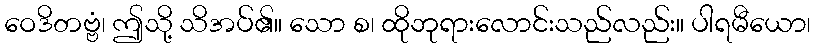
ဝေဒိတဗ္ဗံ၊ ဤသို့ သိအပ်၏။ သော စ၊ ထိုဘုရားလောင်းသည်လည်း။ ပါရမီယော၊